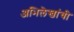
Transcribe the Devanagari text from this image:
अभिलेखांची